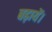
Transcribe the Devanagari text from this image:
बढ़ायें।